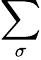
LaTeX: \sum_{\sigma}